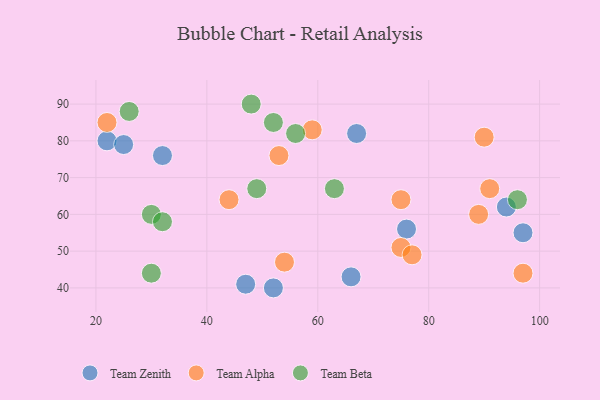
{"axis": {"x": "GDP", "y": "Life Expectancy"}, "legend": ["Team Alpha", "Team Beta", "Team Zenith"], "data": [{"x": "32", "y": 76, "type": "Team Zenith"}, {"x": "94", "y": 62, "type": "Team Zenith"}, {"x": "22", "y": 80, "type": "Team Zenith"}, {"x": "76", "y": 56, "type": "Team Zenith"}, {"x": "47", "y": 41, "type": "Team Zenith"}, {"x": "52", "y": 40, "type": "Team Zenith"}, {"x": "25", "y": 79, "type": "Team Zenith"}, {"x": "66", "y": 43, "type": "Team Zenith"}, {"x": "67", "y": 82, "type": "Team Zenith"}, {"x": "97", "y": 55, "type": "Team Zenith"}, {"x": "91", "y": 67, "type": "Team Alpha"}, {"x": "53", "y": 76, "type": "Team Alpha"}, {"x": "75", "y": 51, "type": "Team Alpha"}, {"x": "54", "y": 47, "type": "Team Alpha"}, {"x": "90", "y": 81, "type": "Team Alpha"}, {"x": "77", "y": 49, "type": "Team Alpha"}, {"x": "22", "y": 85, "type": "Team Alpha"}, {"x": "59", "y": 83, "type": "Team Alpha"}, {"x": "97", "y": 44, "type": "Team Alpha"}, {"x": "44", "y": 64, "type": "Team Alpha"}, {"x": "75", "y": 64, "type": "Team Alpha"}, {"x": "89", "y": 60, "type": "Team Alpha"}, {"x": "56", "y": 82, "type": "Team Beta"}, {"x": "30", "y": 60, "type": "Team Beta"}, {"x": "63", "y": 67, "type": "Team Beta"}, {"x": "30", "y": 44, "type": "Team Beta"}, {"x": "48", "y": 90, "type": "Team Beta"}, {"x": "96", "y": 64, "type": "Team Beta"}, {"x": "49", "y": 67, "type": "Team Beta"}, {"x": "26", "y": 88, "type": "Team Beta"}, {"x": "52", "y": 85, "type": "Team Beta"}, {"x": "32", "y": 58, "type": "Team Beta"}]}